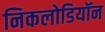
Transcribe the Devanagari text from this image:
निकलोडियॉन